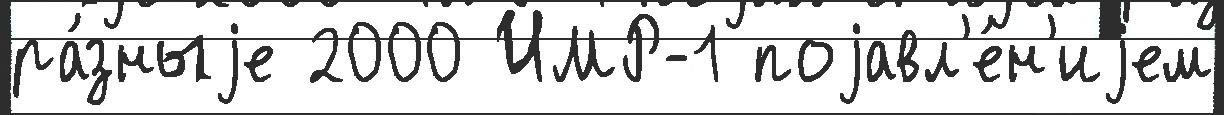
ра́зныjе 2000 ИМР-1 поjавл'е́н'иjем